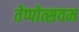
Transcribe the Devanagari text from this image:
तेप्पोत्सवम